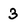
Character: 3